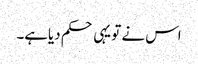
اس نے تو یہی حکم دیاہے۔